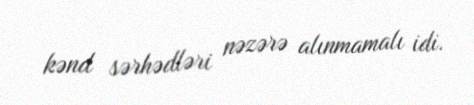
kənd sərhədləri nəzərə alınmamalı idi.